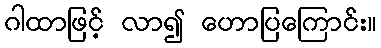
ဂါထာဖြင့် လာ၍ ဟောပြကြောင်း။